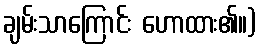
ချမ်းသာကြောင်း ဟောထား၏။)